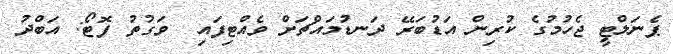
ޕެނަލްޓީ ޖެހުމުގެ ކުރިން އަޑުބަރޭ ދަނޑުމައްޗަށް ވެއްޓިފައި  ވަގުތު ފޮޓޯ: އަބްދު